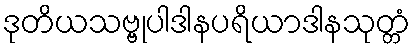
ဒုတိယသဗ္ဗုပါဒါနပရိယာဒါနသုတ္တံ